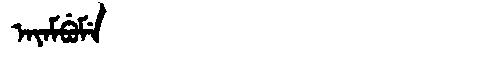
Manchu: ᠠᠶᠠᠮᠪᡠᠮᡝ
Romanization: AYAMBUME